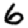
Digit: 6